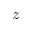
z